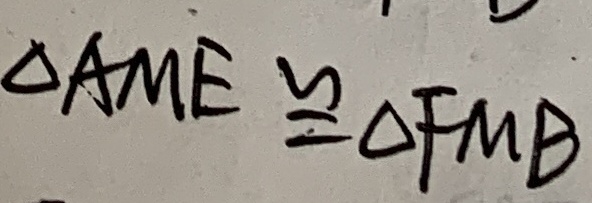
\Delta A M E \cong \Delta F M B